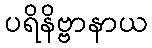
ပရိနိဗ္ဗာနာယ